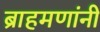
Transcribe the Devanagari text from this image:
ब्राहमणांनी